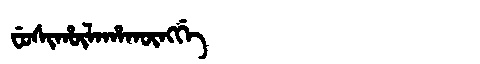
Manchu: ᠸᡠᠰᡳᡥᡡᠯᠠᡥᠠᡴᡡᠩᡤᡝ
Romanization: FUSIHŪLAHAKŪNGGE